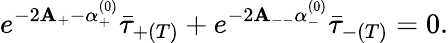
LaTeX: e^{-2\mathbf{A}_{+}-\alpha_{+}^{(0)}}\bar{{\tau}}_{+(T)}+e^{-2\mathbf{A}_{--}\alpha_{-}^{(0)}}\bar{{\tau}}_{-(T)}=0.